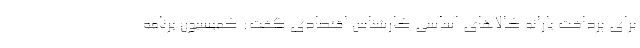
برای پرداخت یارانه کالاهای اساسی کارشناس اقتصادی گفت: کمیسیون برنامه